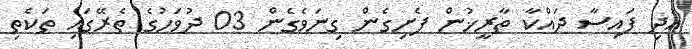
އަދި ފައިސާ ދައްކާ ތާރީޚުން ފެށިގެން ގިނަވެގެން 03 ދުވަހުގެ ތެރޭގައި ތަކެތި